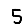
Digit: 5